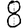
Digit: 8